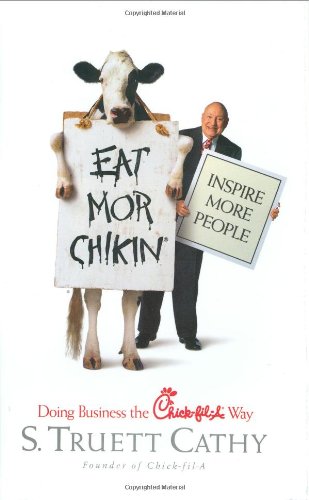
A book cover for Eat Mor Chikin: Inspire More People; S. Truett Cathy; Cookbooks, Food & Wine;